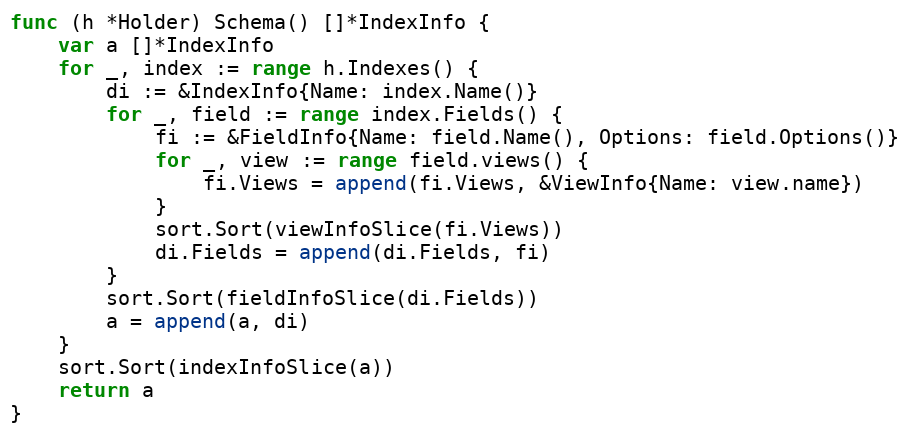
Language: Go
func (h *Holder) Schema() []*IndexInfo {
	var a []*IndexInfo
	for _, index := range h.Indexes() {
		di := &IndexInfo{Name: index.Name()}
		for _, field := range index.Fields() {
			fi := &FieldInfo{Name: field.Name(), Options: field.Options()}
			for _, view := range field.views() {
				fi.Views = append(fi.Views, &ViewInfo{Name: view.name})
			}
			sort.Sort(viewInfoSlice(fi.Views))
			di.Fields = append(di.Fields, fi)
		}
		sort.Sort(fieldInfoSlice(di.Fields))
		a = append(a, di)
	}
	sort.Sort(indexInfoSlice(a))
	return a
}